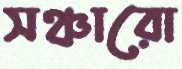
সঞ্চারো